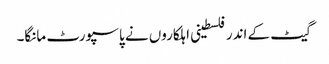
گیٹ کے اندر فلسطینی اہلکاروں نے پاسپورٹ مانگا۔